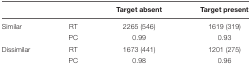
|  |  | Target absent | Target present |
 | --- | --- | --- | --- |
 | Similar | RT | 2265 (546) | 1619 (319) |
 |  | PC | 0.99 | 0.93 |
 | Dissimilar | RT | 1673 (441) | 1201 (275) |
 |  | PC | 0.98 | 0.96 |